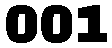
001